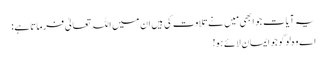
یہ آیات جو ابھی مَیں نے تلاوت کی ہیں ان میں اللہ تعالیٰ فرماتاہے :
اے وہ لوگو جو ایمان لائے ہو!